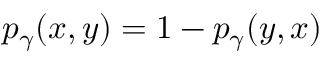
p _ { \gamma } ( x , y ) = 1 - p _ { \gamma } ( y , x )